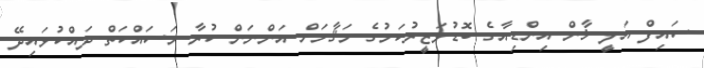
ސައިފް އަލީ ޚާން އިންޑިއާގެ ބޮޑުވަޒީރުކަމުގެ މަޤާމަށް އަންނަން ކުރާ މަސައްކަތް ދައްކުވައިދޭ